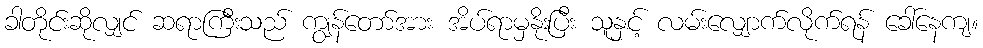
ခါတိုင်းဆိုလျှင် ဆရာကြီးသည် ကျွန်တော်အား အိပ်ရာမှနိုးပြီး သူနှင့် လမ်းလျှောက်လိုက်ရန် ခေါ်နေကျ။